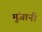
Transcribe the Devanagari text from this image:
मुंजानी